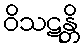
ဝိသဋန္တိ